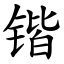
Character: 锴